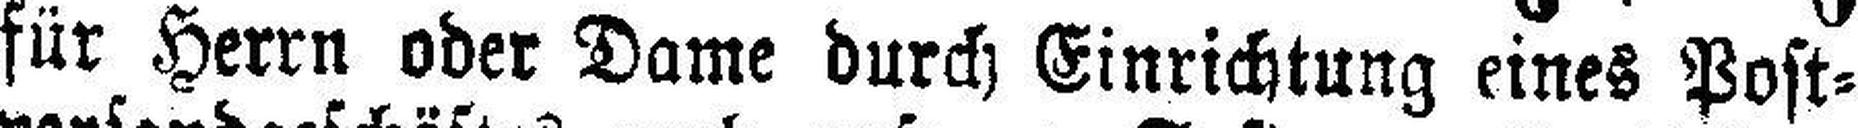
für Herrn oder Dame durch Einrichtung eines Post¬